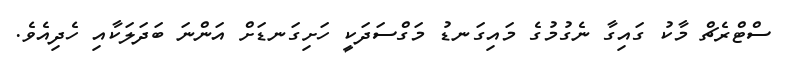
ސްޓްރެޗް މާކު ގައިގާ ނެގުމުގެ މައިގަނޑު މަގްސަދަކީ ހަށިގަނޑަށް އަންނަ ބަދަލަކާއި ހެދިއެވެ.